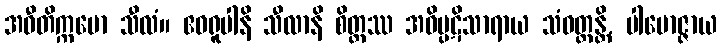
အဝီတိက္ကမော သီလံ။ ဧဝရူပါနိ သီလာနိ စိတ္တဿ အဝိပ္ပဋိသာရာယ သံဝတ္တန္တိ, ပါမောဇ္ဇာယ